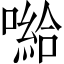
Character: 𱔲